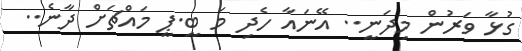
ގުޅާ ވަރުން މިދަނީ.. އޭނައާ ހެދި މަ ބީ.ޕީ މައްޗަށް ދާނެ..